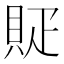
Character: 䝪